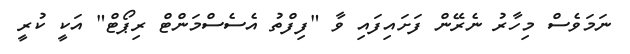
ނަމަވެސް މިހާރު ނެރޭން ފަށައިފައި ވާ "ފިފްތު އެސެސްމަންޓް ރިޕޯޓް" އަކީ ކުރީ